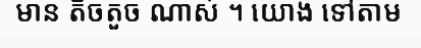
មាន តិចតួច ណាស់ ។ យោង ទៅតាម